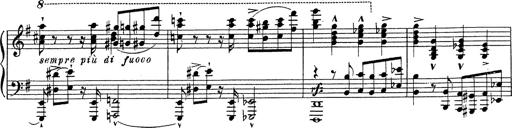
Title: Grosses Konzertsolo
Composer: Franz Liszt